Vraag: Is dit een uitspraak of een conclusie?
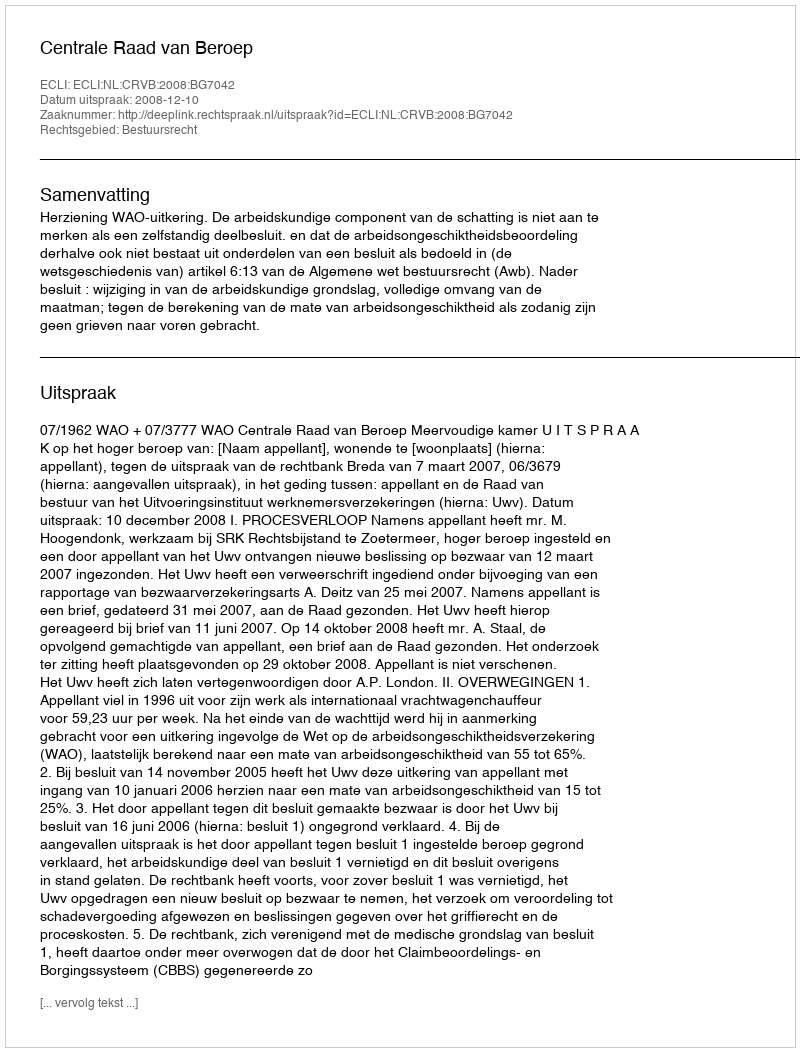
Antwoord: Uitspraak